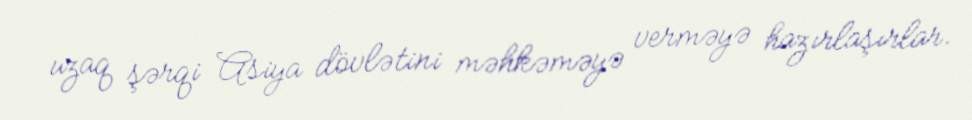
uzaq şərqi Asiya dövlətini məhkəməyə verməyə hazırlaşırlar.